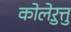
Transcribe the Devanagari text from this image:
कोलेऱुत्तु